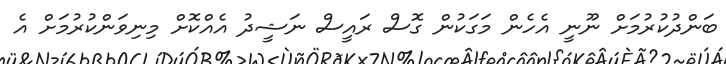
ބަންދުކުރުމަށް ނޫނީ އެހެން މަގަކުން ގޮސް ރައީސް ނަޝީދު އެއްކޮށް މިނިވަންކުރުމަށް އެ